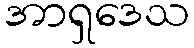
အာရှဒေသ